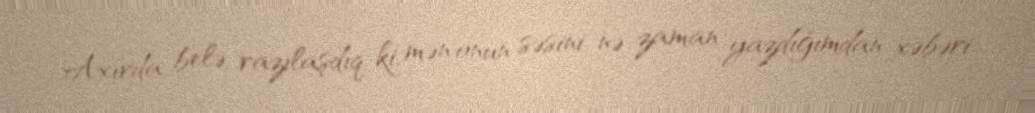
Axırda belə razılaşdıq ki, mən onun səsini nə zaman yazdığımdan xəbəri